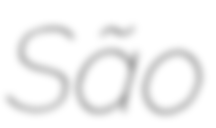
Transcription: São